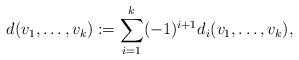
LaTeX: \begin{align*}d(v_{1}, \dots, v_{k}) := \sum_{i=1}^{k}(-1)^{i+1}d_{i}(v_{1},\dots, v_{k} ),\end{align*}